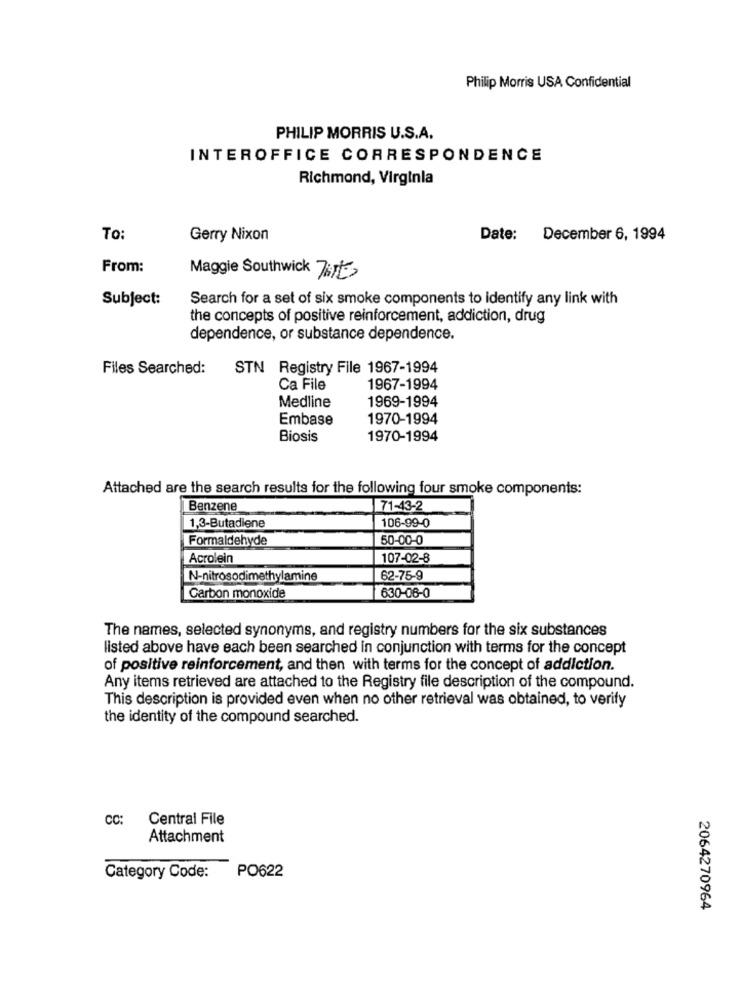
Philip Morris USA Confidential
PHILIP MORRIS U.S.A.
INTEROFFICE CORRESPONDENCE
Richmond, Virginia
To:
Gerry Nixon
Date: December 6, 1994
From:
Maggie Southwick Tirt
Subject:
Search for a set of six smoke components to identify any link with
the concepts of positive reinforcement, addiction, drug
dependence, or substance dependence.
Files Searched:
STN Registry File 1967-1994
Ca File
1967-1994
Medline
1969-1994
Embase
1970-1994
Biosis
1970-1994
Attached are the search results for the following four smoke components:
Benzene
71-43-2
106-99-0
1,3-Butadiene
Formaldehyde
50-00-0
Acrolein
107-02-8
N-nitrosodimethylamine
62-75-9
Carbon monoxide
630-06-0
The names, selected synonyms, and registry numbers for the six substances
listed above have each been searched in conjunction with terms for the concept
of positive reinforcement, and then with terms for the concept of addiction.
Any items retrieved are attached to the Registry file description of the compound.
This description is provided even when no other retrieval was obtained, to verify
the identity of the compound searched.
CC:
Central File
Attachment
Category Code:
PO622
2064270964